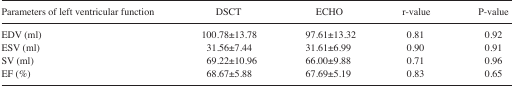
<table><thead><tr><td><b>Parameters of left ventricular function</b></td><td><b>DSCT</b></td><td><b>ECHO</b></td><td><b>r-value</b></td><td><b>P-value</b></td></tr></thead><tbody><tr><td>EDV (ml)</td><td>100.78±13.78</td><td>97.61±13.32</td><td>0.81</td><td>0.92</td></tr><tr><td>ESV (ml)</td><td>31.56±7.44</td><td>31.61±6.99</td><td>0.90</td><td>0.91</td></tr><tr><td>SV (ml)</td><td>69.22±10.96</td><td>66.00±9.88</td><td>0.71</td><td>0.96</td></tr><tr><td>EF (%)</td><td>68.67±5.88</td><td>67.69±5.19</td><td>0.83</td><td>0.65</td></tr></tbody></table>